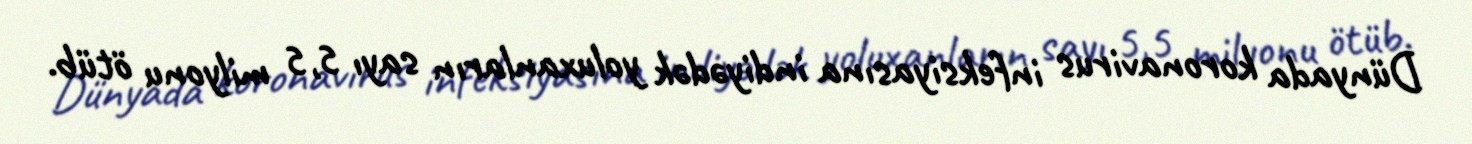
Dünyada koronavirus infeksiyasına indiyədək yoluxanların sayı 5,5 milyonu ötüb.